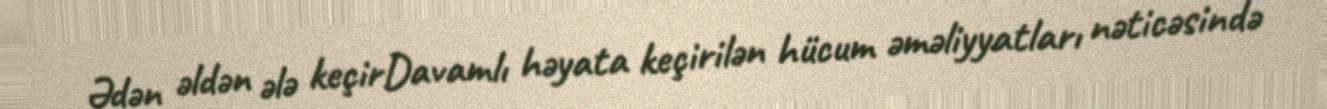
Ədən əldən ələ keçirDavamlı həyata keçirilən hücum əməliyyatları nəticəsində